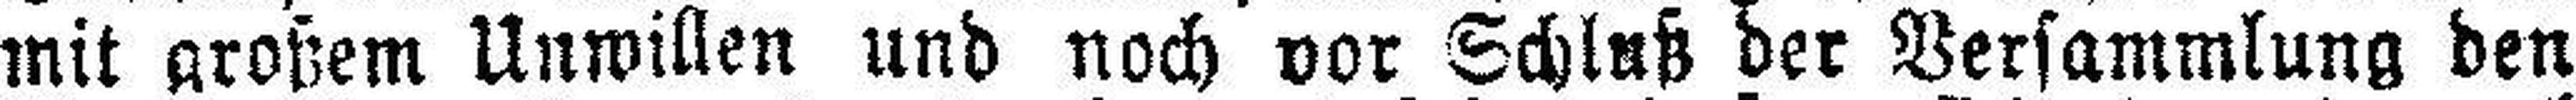
mit großem Unwillen und noch vor Schluß der Versammlung den